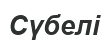
Сүбелі